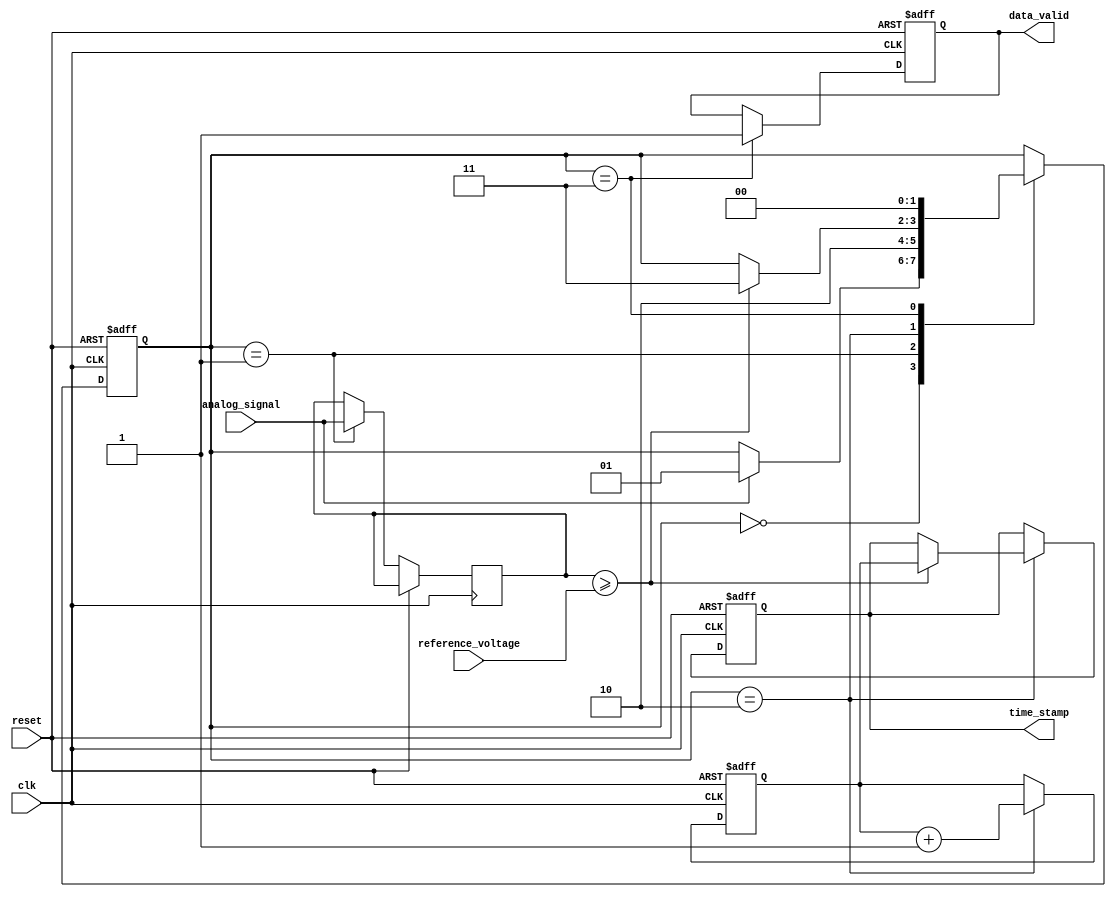
module TDC (
    input wire clk,                // System clock
    input wire reset,              // Reset signal
    input wire analog_signal,      // Input analog signal (simulated as digital for this example)
    input wire reference_voltage,   // Reference voltage for comparison
    output reg [15:0] time_stamp,  // Output time stamp (16-bit)
    output reg data_valid          // Data valid signal
);

    // State Definitions
    reg [1:0] state;
    localparam IDLE = 2'b00,
               SAMPLE = 2'b01,
               MEASURE = 2'b10,
               STORE = 2'b11;

    // Digital Counter
    reg [15:0] counter;

    // Memory Block (for storing timestamps)
    reg [15:0] memory [0:255]; // 256 entries for timestamps
    reg [7:0] mem_index;       // Memory index

    // Sample and Hold Logic
    reg sampled_signal;

    // Analog Comparator Logic
    wire signal_crossed = (sampled_signal >= reference_voltage);

    // Main TDC Logic
    always @(posedge clk or posedge reset) begin
        if (reset) begin
            state <= IDLE;
            time_stamp <= 0;
            data_valid <= 0;
            counter <= 0;
            mem_index <= 0;
        end else begin
            case (state)
                IDLE: begin
                    // Wait for a signal to sample
                    if (analog_signal) begin
                        state <= SAMPLE;
                    end
                end
                
                SAMPLE: begin
                    // Sample the analog signal
                    sampled_signal <= analog_signal;
                    state <= MEASURE;
                end
                
                MEASURE: begin
                    // Measure the time
                    counter <= counter + 1; // Increment on each clock cycle
                    if (signal_crossed) begin
                        time_stamp <= counter; // Capture the timestamp
                        state <= STORE;
                    end
                end
                
                STORE: begin
                    // Store the timestamp in memory
                    memory[mem_index] <= time_stamp;
                    mem_index <= mem_index + 1;
                    data_valid <= 1; // Indicate that data is valid
                    state <= IDLE;    // Go back to idle state
                end
                
                default: state <= IDLE; // Safety default
            endcase
        end
    end

endmodule